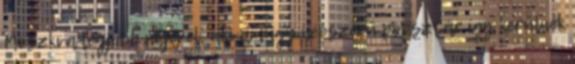
Moszkva legjobb nőjével, aki amúgy népszerű popsztár így kerülnek